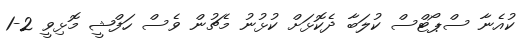
ކުއެނާ ސްޕޯޓްސް ކުލަބާ ދެކޮޅަށް ކުޅުނު މެޗުން ވެސް ހަފްޝީ މޮޅިވީ 2-1